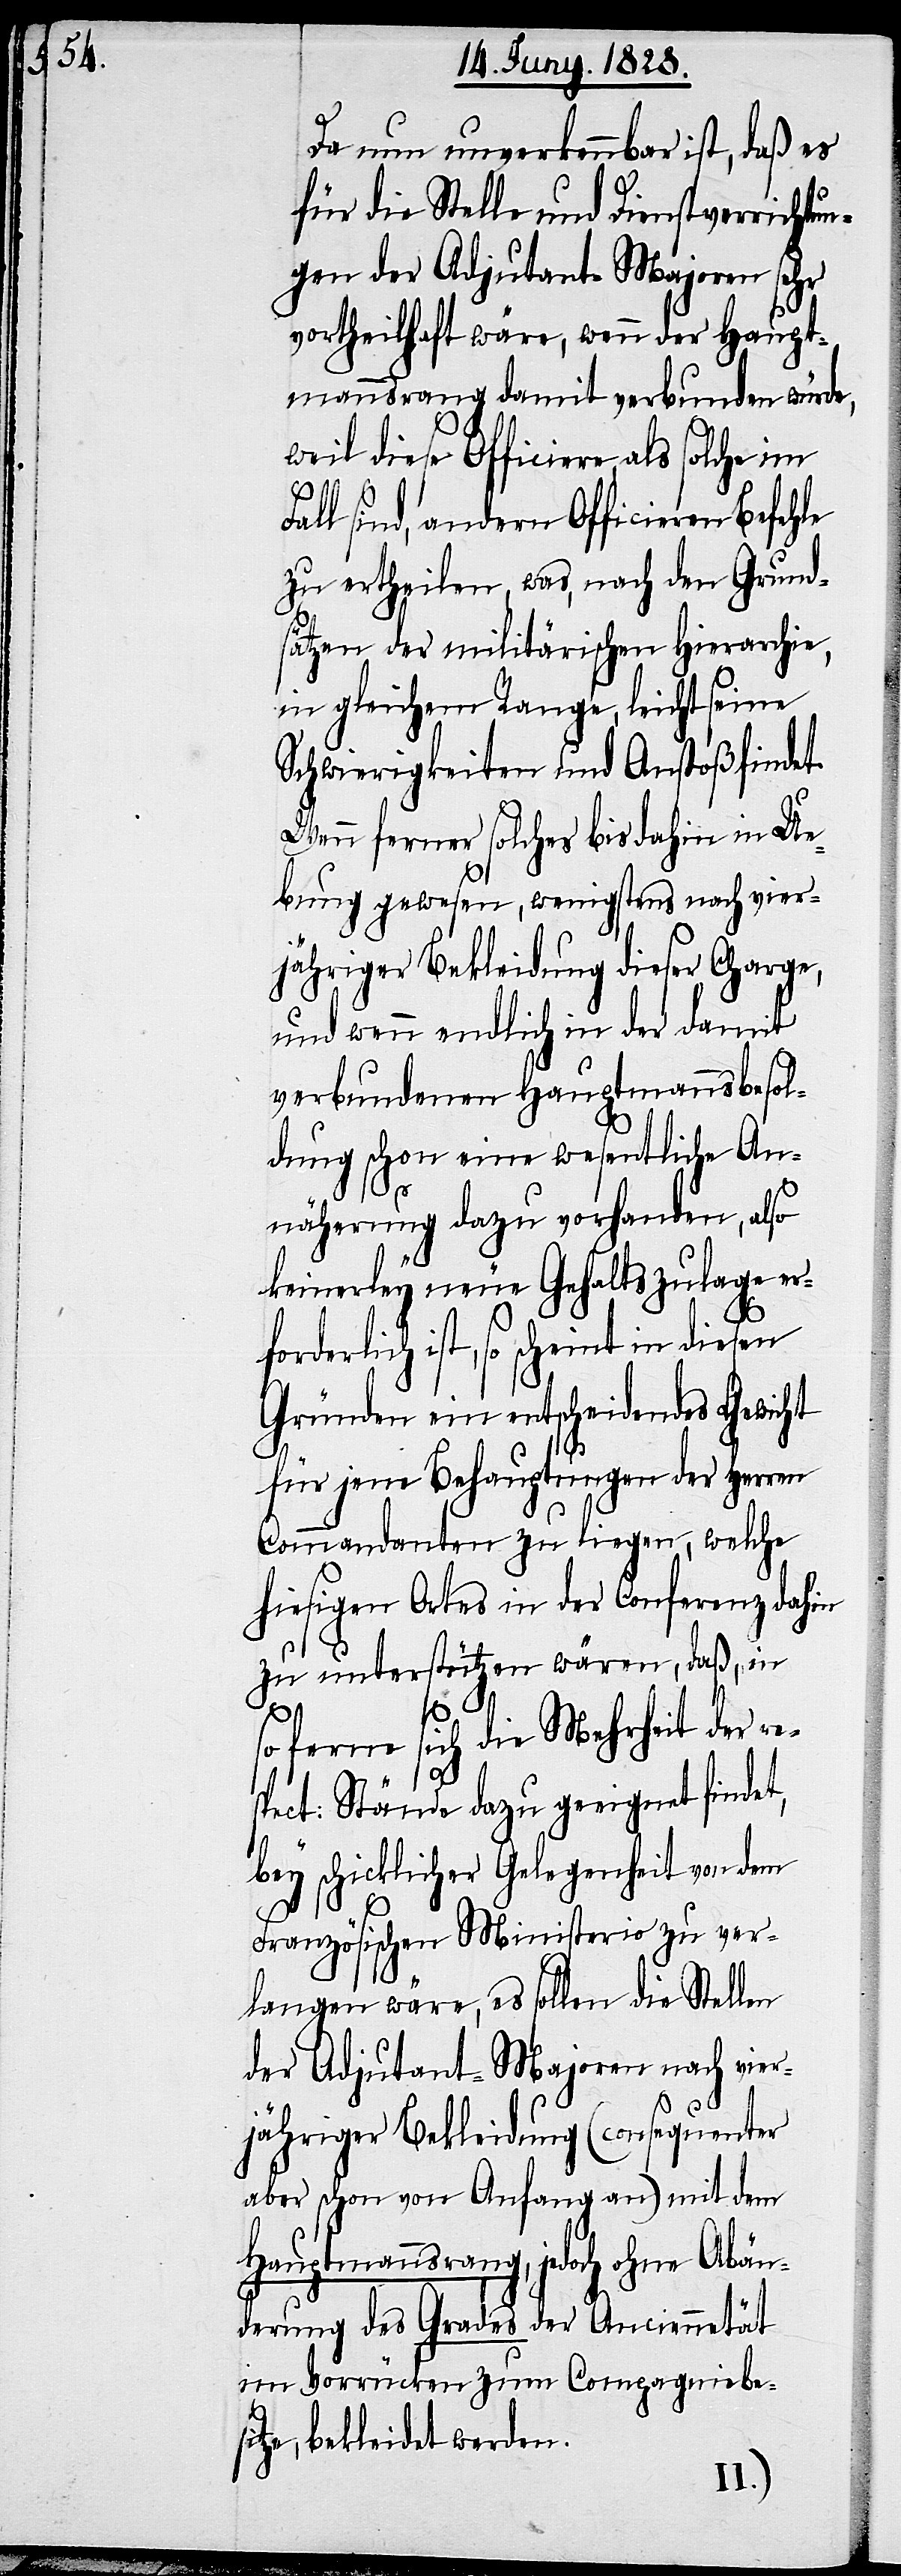
Da nun unverkennbar ist, daß es
für die Stelle und Dienstverrichtun¬
gen der Adjutant-Majoren sehr
vortheilhaft wäre, wenn der Haupt¬
mannsrang damit verbunden würde,
weil diese Officiere als solche im
all sind, andern Officieren Befehle
zu ertheilen, was, nach den Grund¬
sätzen der militärischen Hierarchie,
in gleichem Range, leicht seine
Schwierigkeiten und Anstoß findet.
Wenn ferner solches bis dahin in Ue¬
bung gewesen, wenigstens nach vier¬
jähriger Bekleidung dieser Charge,
und wenn endlich in der damit
verbundenen Hauptmannsbesol¬
dung schon eine wesentliche An¬
näherung dazu vorhanden, also
keinerley neue Gehaltszulage er¬
forderlich ist, so scheint in
Gründen ein entscheidendes Gewicht
für jene Behauptungen der Herren
Commandanten zu liegen, welche
hiesigen Ortes in der Conferenz dahin
zu unterstützen wären, daß, in
so ferne sich die Mehrheit der re¬
spect: Stände dazu geeignet findet,
bey schicklicher Gelegenheit von dem
F¬
Französischen Ministerio zu ver¬
langen wäre, es sollen die Stellen
der Adjutant-Majoren nach vier¬
jähriger Bekleidung (consequenter
aber schon von Anfang an) mit dem
Hauptmannsrang, jedoch ohne Abän¬
derung des Grades der Anciennetät
im Vorrücken zum Compagniebes¬
itze, bekleidet werden.